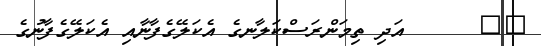
٧٦      އަދި ތިމަންރަސްކަލާނގެ އެކަލޭގެފާނާއި އެކަލޭގެފާނުގެ